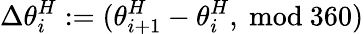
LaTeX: \Delta\theta_{i}^{H}:=(\theta_{i+1}^{H}-\theta_{i}^{H},\ \mathrm{mod}\ 360)